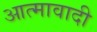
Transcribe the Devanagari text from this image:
आत्मावादी